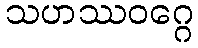
သဟဿဝဂ္ဂေ